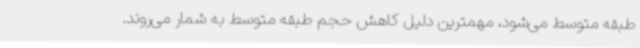
طبقه متوسط می‌شود،‌ مهمترین دلیل کاهش حجم طبقه متوسط به شمار می‌روند.